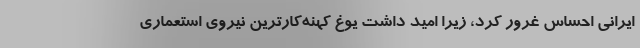
ایرانی احساس غرور کرد، زیرا امید داشت یوغِ کهنه‌کارترین نیروی استعماری